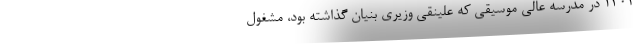
۱۳۰۲ در مدرسهٔ عالی موسیقی که علینقی وزیری بنیان گذاشته بود، مشغول